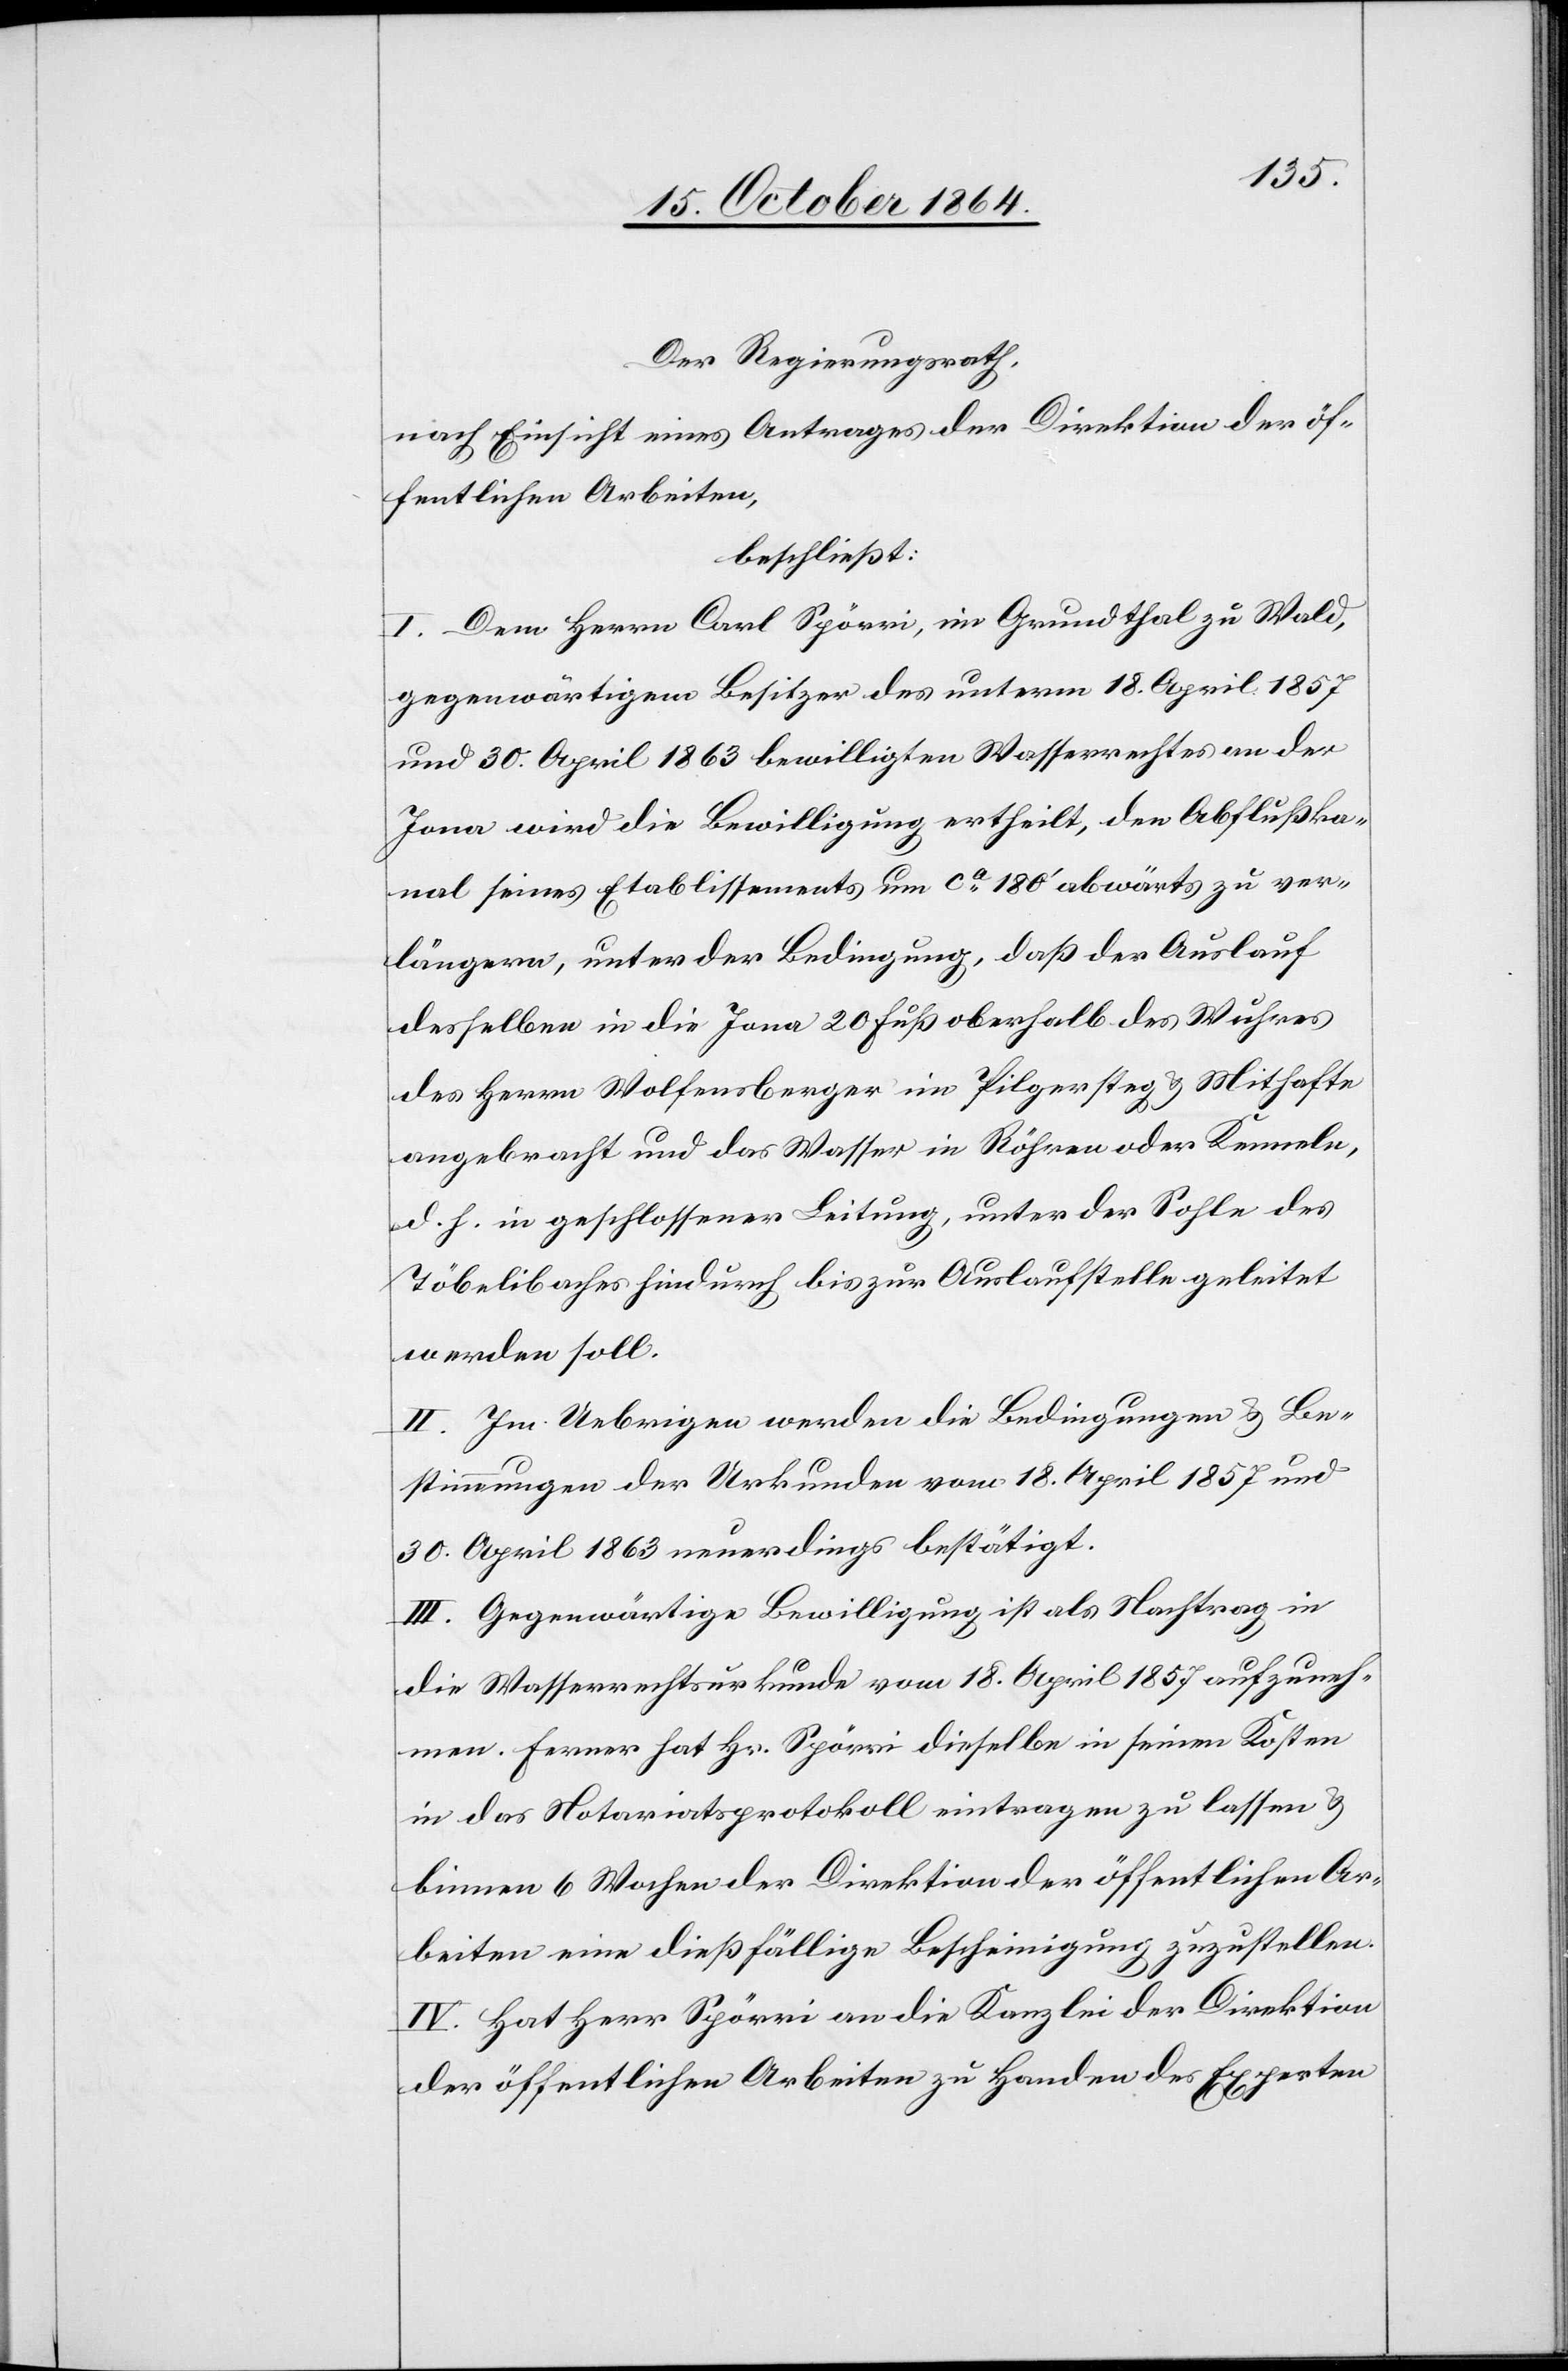
Der Regierungsrath,
nach Einsicht eines Antrages der Direktion der öf¬
fentlichen Arbeiten,
beschließt:
I. Dem Herrn Carl Spörri, im Grundthal zu Wald,
gegenwärtiger Besitzer des unterm 18. April 1857
und 30. April 1863 bewilligten Wasserrechtes an der
Jona wird die Bewilligung ertheilt, den Abflußka¬
nal seines Etablissements um ca 180’ abwärts zu ver¬
längern, unter der Bedingung, daß der Auslauf
desselben in die Jona 20 Fuß oberhalb des Wuhres
des Herrn Wolfensberger in Pilgersteg & Mithafte
angebracht und das Wasser in Röhren oder Kenneln,
d. h. in geschlossener Leitung, unter der Sohle des
Töbelibaches hindurch bis zur Auslaufstelle geleitet
werden soll.
II. Im Uebrigen werden die Bedingungen & Be¬
stimmungen der Urkunden vom 18. April 1857 und
30. April 1863 neuerdings bestätigt.
III. Gegenwärtige Bewilligung ist als Nachtrag in
die Wasserrechtsurkunde vom 18. April 1857 aufzuneh¬
men. Ferner hat Hr. Spörri dieselbe in seinen Kosten
in das Notariatsprotokoll eintragen zu lassen &
binnen 6 Wochen der Direktion der öffentlichen Ar¬
beiten eine dießfällige Bescheinigung zuzustellen.
IV. Hat Herr Spörri an die Kanzlei der Direktion
der öffentlichen Arbeiten zu Handen des Experten